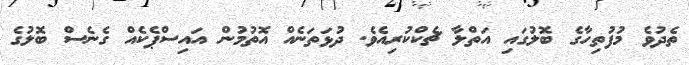
ތެދުވެ މުފުތިހާގެ ބޮލުގައި އަތްލާ ޗެކްކުރިއެވެ. ދުޅަތަނެއް އޮތުމުން އައިސްޕެކެއް ގެނެސް ބޮލުގެ